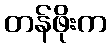
တန်ဖိုးက